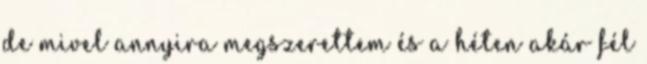
de mivel annyira megszerettem és a héten akár fél